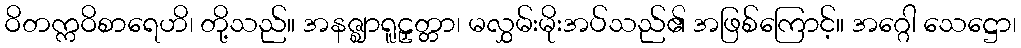
ဝိတက္ကဝိစာရေဟိ၊ တို့သည်။ အနဇ္ဈာရူဠှတ္တာ၊ မလွှမ်းမိုးအပ်သည်၏ အဖြစ်ကြောင့်။ အဂ္ဂေါ သေဋ္ဌော၊